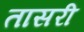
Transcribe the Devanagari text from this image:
तासरी